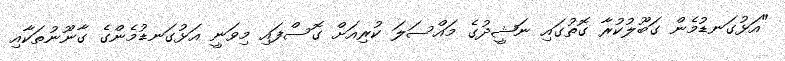
"އަޅުގަނޑުމެން ގަބޫލުކުރާ ގޮތުގައި ނަޝީދުގެ މައްސަލަ ކުރިއަށް ގޮސްފައި މިވަނީ އަޅުގަނޑުމެންގެ ގާނޫނުތަކާއި